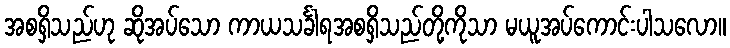
အစရှိသည်ဟု ဆိုအပ်သော ကာယသင်္ခါရအစရှိသည်တို့ကိုသာ မယူအပ်ကောင်းပါသလော။